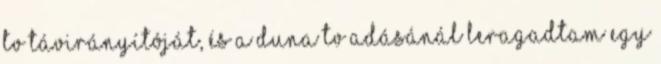
tv távirányítóját, és a duna tv adásánál leragadtam egy